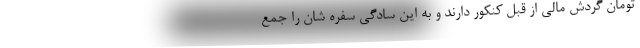
تومان گردش مالی از قِبل کنکور دارند و به این سادگی سفره شان را جمع